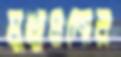
মুখ্যুগুলোর